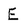
Character: E